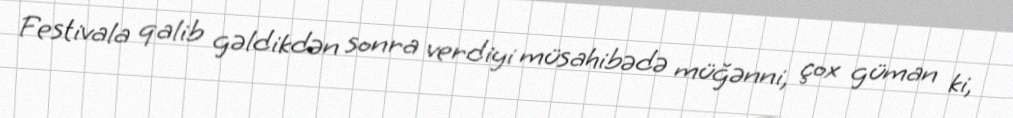
Festivala qalib gəldikdən sonra verdiyi müsahibədə müğənni, çox güman ki,